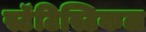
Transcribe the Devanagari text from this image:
स्टॅटिस्टिकल